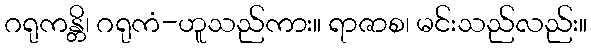
ဂရုကန္တိ၊ ဂရုကံ-ဟူသည်ကား။ ရာဇာစ၊ မင်းသည်လည်း။